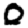
Digit: 0